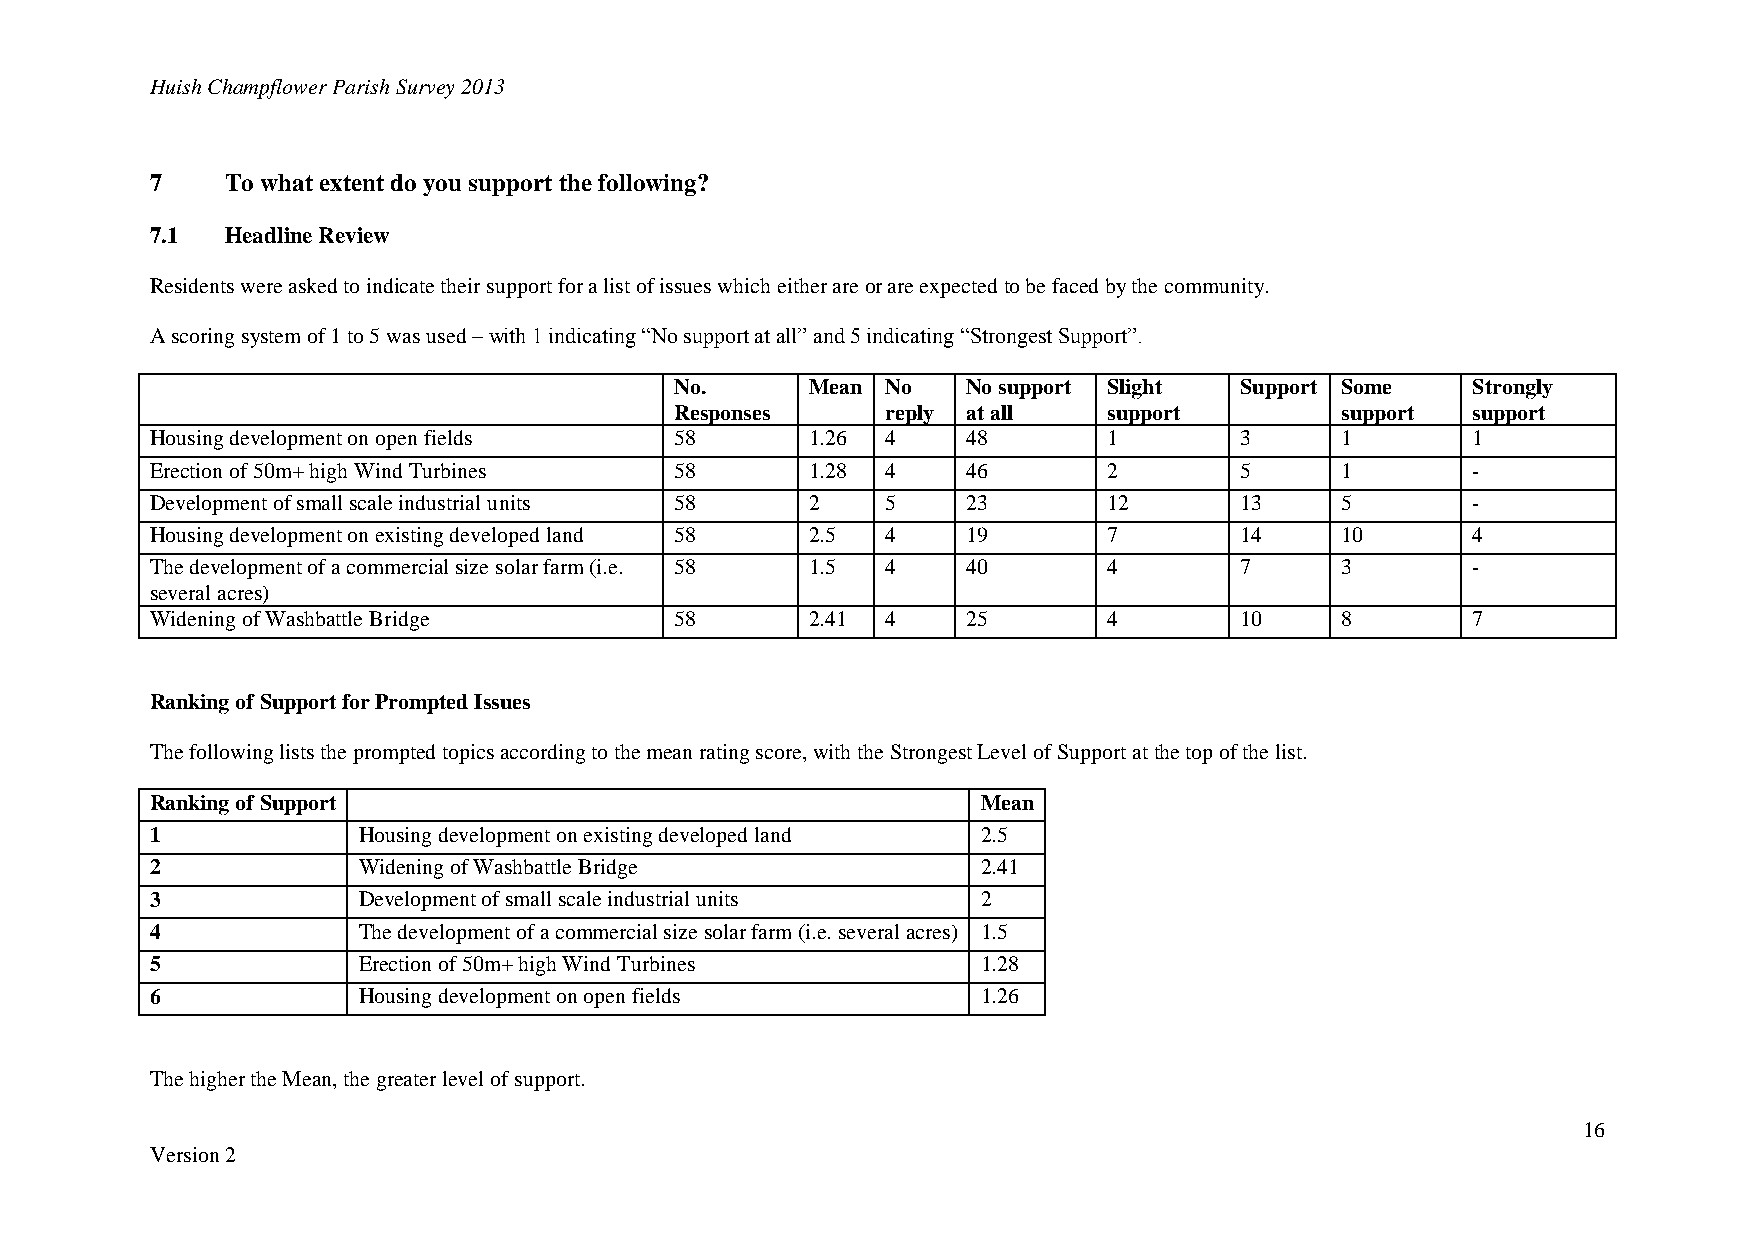
Huish Champflower Parish Survey 2013
 7    To what extent do you support the following?
 7.1  Headline Review
 Residents were asked to indicate their support for a list of issues which either are or are expected to be faced by the community.
 A scoring system of 1 to 5 was used – with 1 indicating “No support at all” and 5 indicating “Strongest Support”.
 No.      Mean No   No support Slight Support Some   Strongly
 Responses     reply at all  support         support support
 Housing development on open fields 58       1.26 4    48       1        3      1       1
 Erection of 50m+ high Wind Turbines 58      1.28 4    46       2        5      1       -
 Development of small scale industrial units 58 2 5    23       12       13     5       -
 Housing development on existing developed land 58 2.5 4 19     7        14     10      4
 The development of a commercial size solar farm (i.e. 58 1.5 4 40 4     7      3       -
 several acres)
 Widening of Washbattle Bridge      58       2.41 4    25       4        10     8       7
 Ranking of Support for Prompted Issues
 The following lists the prompted topics according to the mean rating score, with the Strongest Level of Support at the top of the list.
 Ranking of Support                                     Mean
 1             Housing development on existing developed land 2.5
 2             Widening of Washbattle Bridge            2.41
 3             Development of small scale industrial units 2
 4             The development of a commercial size solar farm (i.e. several acres) 1.5
 5             Erection of 50m+ high Wind Turbines      1.28
 6             Housing development on open fields       1.26
 The higher the Mean, the greater level of support.
 16
 Version 2